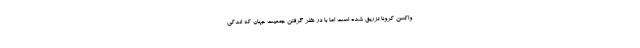
واکسن کرونا تزریق شده است اما با در نظر گرفتن جمعیت جهان که اندکی